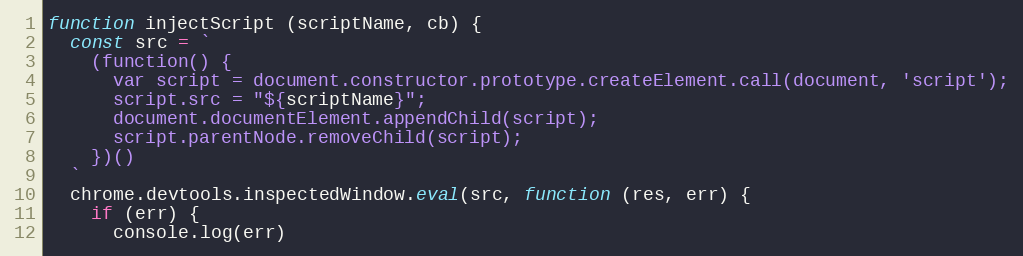
Language: JavaScript
function injectScript (scriptName, cb) {
  const src = `
    (function() {
      var script = document.constructor.prototype.createElement.call(document, 'script');
      script.src = "${scriptName}";
      document.documentElement.appendChild(script);
      script.parentNode.removeChild(script);
    })()
  `
  chrome.devtools.inspectedWindow.eval(src, function (res, err) {
    if (err) {
      console.log(err)